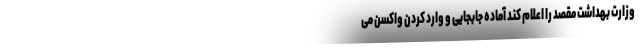
وزارت بهداشت مقصد را اعلام کند آماده جابجایی و وارد کردن واکسن می